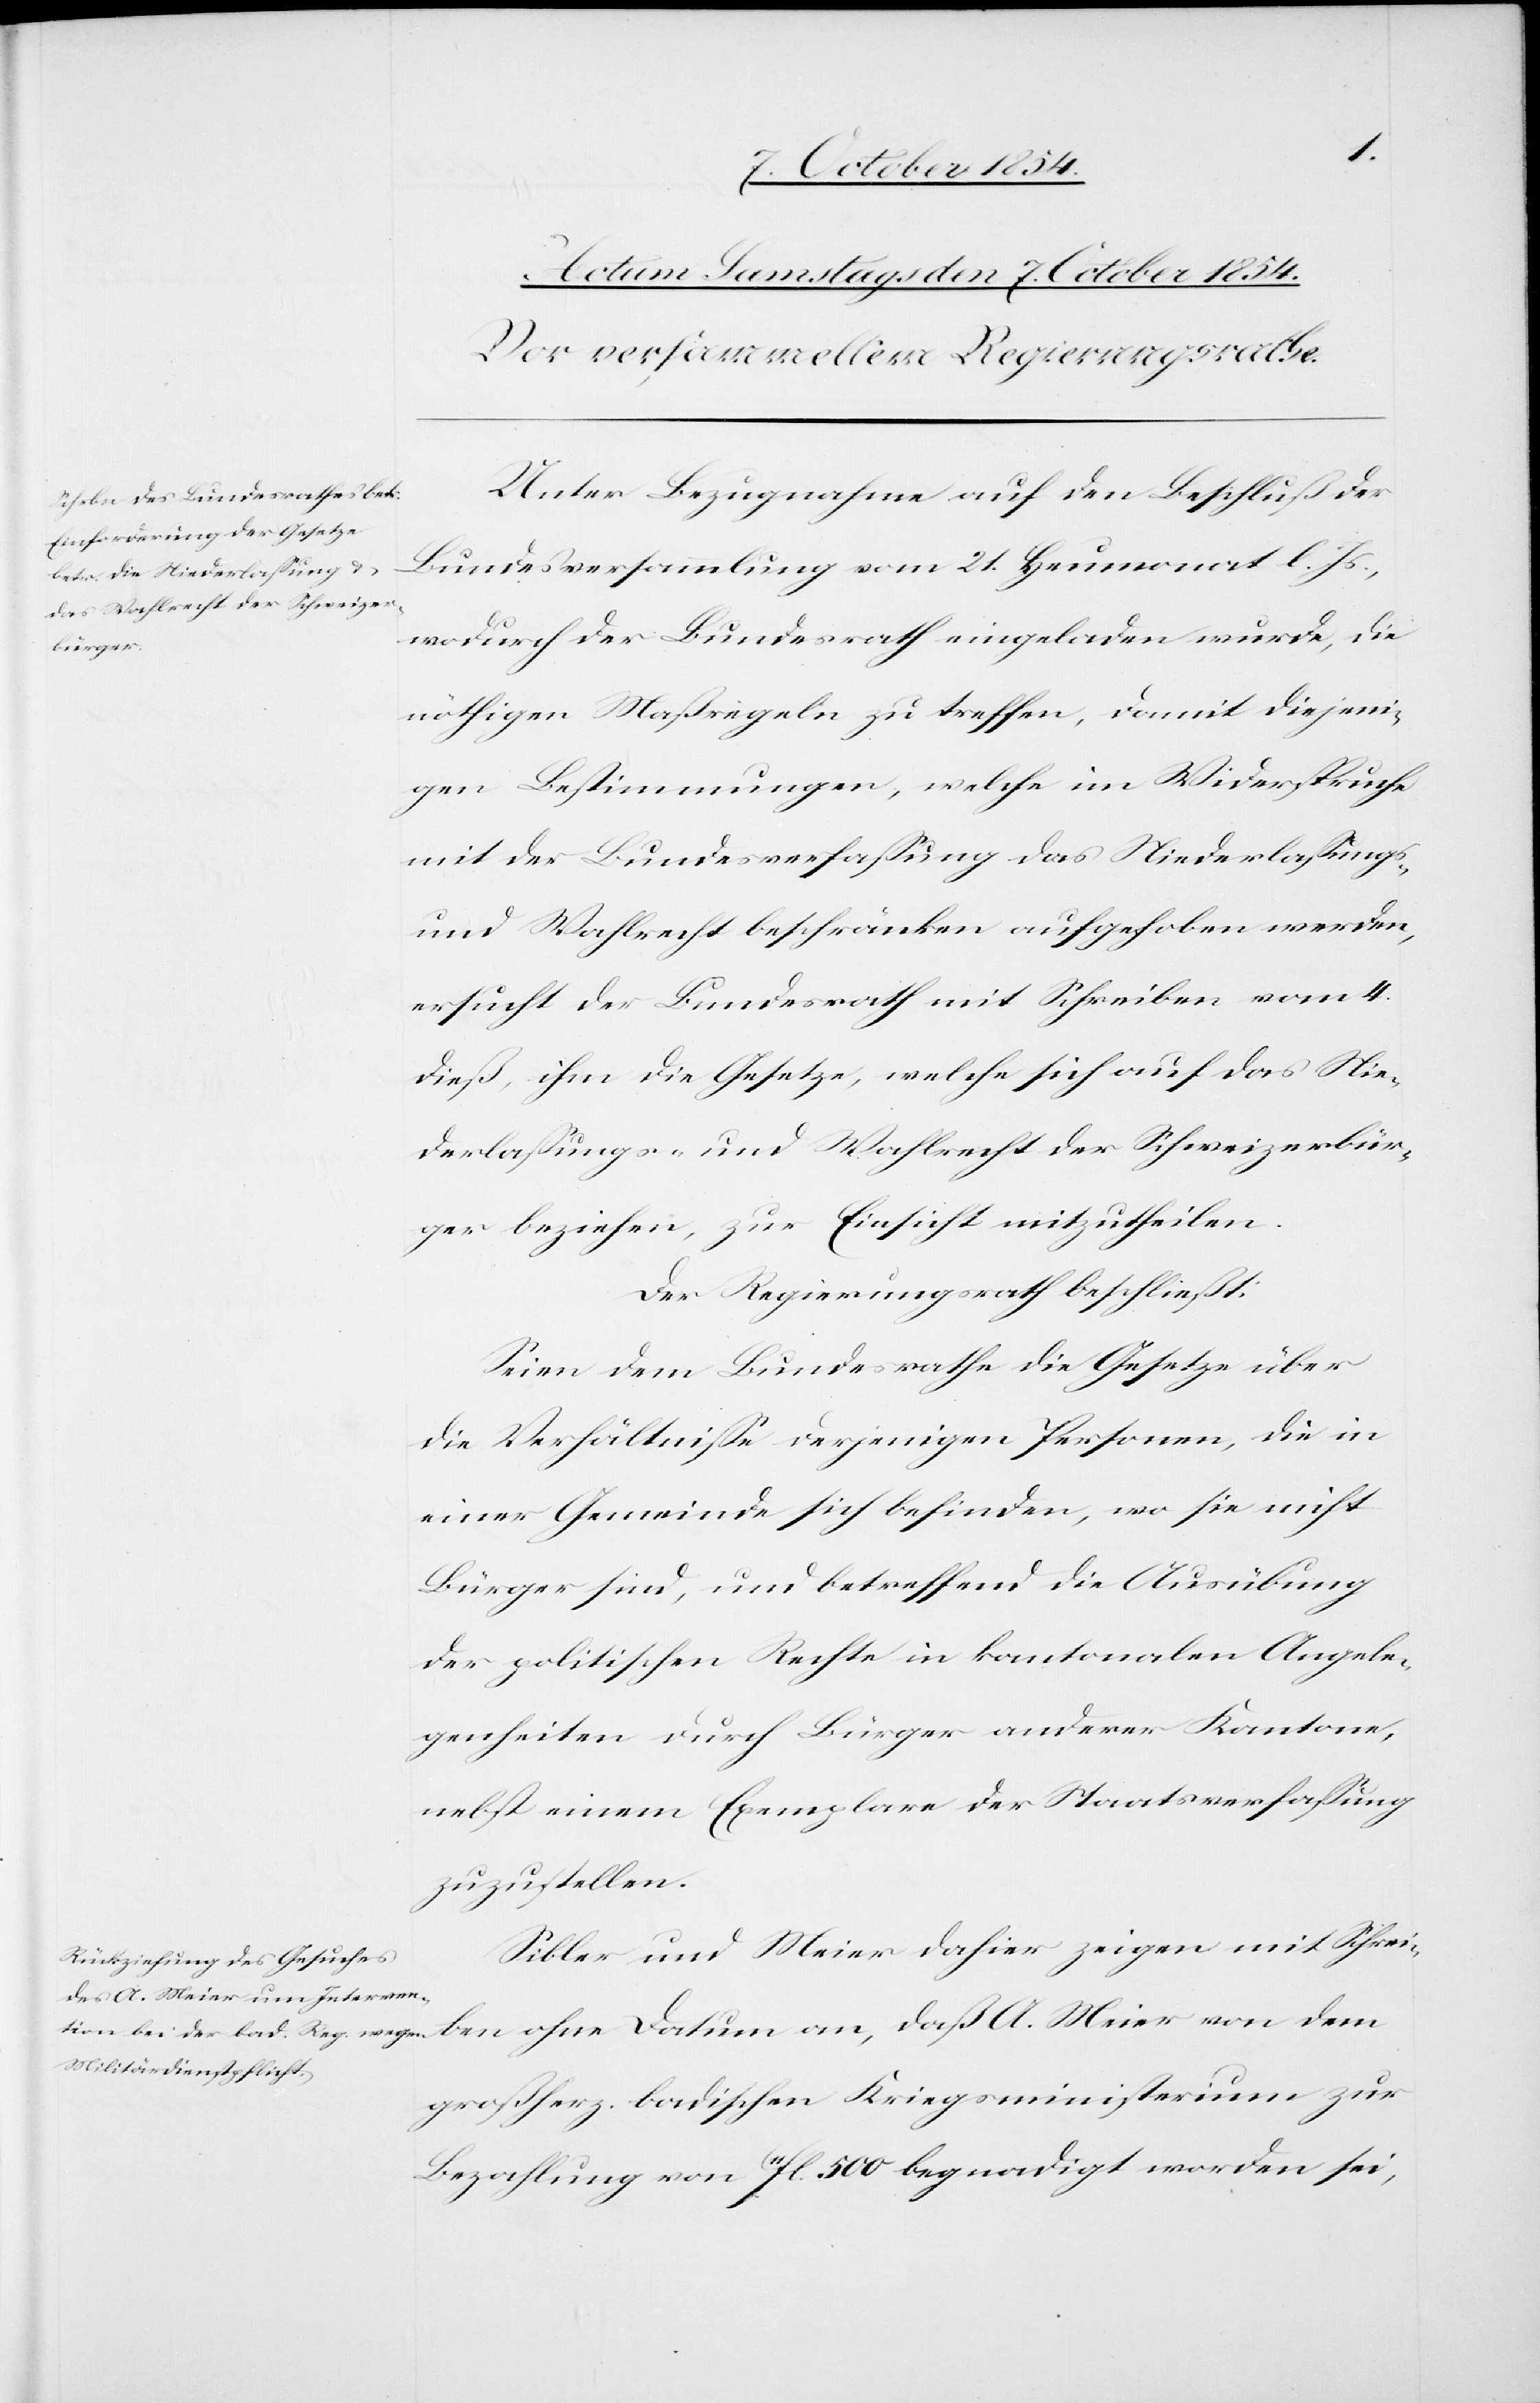
A.
Unter Bezugnahme auf den Beschluß der
Bundesversammlung vom 21. Heumonat l. Js.,
wodurch der Bundesrath eingeladen wurde, die
nöthigen Maßregeln zu treffen, damit diejeni¬
gen Bestimmungen, welche im Widerspruche
mit der Bundesverfaßung das Niederlaßungs-
und Wahlrecht beschränkten aufgehoben werden,
ersucht der Bundesrath mit Schreiben vom 4.
dieß, ihm die Gesetze, welche sich auf das Nie¬
derlaßungs- und Wahlrecht der Schweizerbür¬
ger beziehen, zur Einsicht mitzutheilen.
Der Regierungsrath beschließt:
Seien dem Bundesrathe die Gesetze über
die Verhältniße derjenigen Personen, die in
einer Gemeinde sich befinden, wo sie nicht
Bürger sind, und betreffend die Ausübung
der politischen Rechte in kantonalen Angele¬
genheiten durch Bürger anderer Kantone,
nebst einem Exemplare der Staatsverfaßung
zuzustellen.
Sibler und Meier dahier zeigen mit Schreiben
großherz. badischen Kriegsministerium zur
Bezahlung von 11fl. 500 begnadigt worden sei,